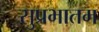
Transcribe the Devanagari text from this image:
सुप्रभातम